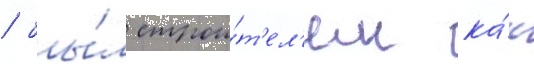
/ бы́л строи́т'ел'ем ка́к